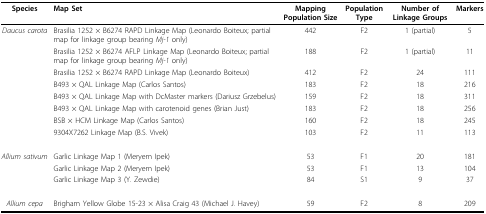
<table><thead><tr><td><b>Species</b></td><td><b>Map Set</b></td><td><b>Mapping Population Size</b></td><td><b>Population Type</b></td><td><b>Number of Linkage Groups</b></td><td><b>Markers</b></td></tr></thead><tbody><tr><td><i>Daucus carota</i></td><td>Brasilia 1252 × B6274 RAPD Linkage Map (Leonardo Boiteux; partial map for linkage group bearing <i>Mj-1 </i>only)</td><td>442</td><td>F2</td><td>1 (partial)</td><td>5</td></tr><tr><td></td><td>Brasilia 1252 × B6274 AFLP Linkage Map (Leonardo Boiteux; partial map for linkage group bearing <i>Mj-1 </i>only)</td><td>188</td><td>F2</td><td>1 (partial)</td><td>11</td></tr><tr><td></td><td>Brasilia 1252 × B6274 RAPD Linkage Map (Leonardo Boiteux)</td><td>412</td><td>F2</td><td>24</td><td>111</td></tr><tr><td></td><td>B493 × QAL Linkage Map (Carlos Santos)</td><td>183</td><td>F2</td><td>18</td><td>216</td></tr><tr><td></td><td>B493 × QAL Linkage Map with DcMaster markers (Dariusz Grzebelus)</td><td>159</td><td>F2</td><td>18</td><td>311</td></tr><tr><td></td><td>B493 × QAL Linkage Map with carotenoid genes (Brian Just)</td><td>183</td><td>F2</td><td>18</td><td>256</td></tr><tr><td></td><td>BSB × HCM Linkage Map (Carlos Santos)</td><td>160</td><td>F2</td><td>18</td><td>245</td></tr><tr><td></td><td>9304X7262 Linkage Map (B.S. Vivek)</td><td>103</td><td>F2</td><td>11</td><td>113</td></tr><tr><td><i>Allium sativum</i></td><td>Garlic Linkage Map 1 (Meryem Ipek)</td><td>53</td><td>F1</td><td>20</td><td>181</td></tr><tr><td></td><td>Garlic Linkage Map 2 (Meryem Ipek)</td><td>53</td><td>F1</td><td>13</td><td>104</td></tr><tr><td></td><td>Garlic Linkage Map 3 (Y. Zewdie)</td><td>84</td><td>S1</td><td>9</td><td>37</td></tr><tr><td><i>Allium cepa</i></td><td>Brigham Yellow Globe 15-23 × Alisa Craig 43 (Michael J. Havey)</td><td>59</td><td>F2</td><td>8</td><td>209</td></tr></tbody></table>